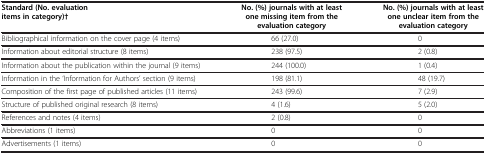
| Standard (No. evaluation items in category)† | No. (%) journals with at least one missing item from the evaluation category | No. (%) journals with at least one unclear item from the evaluation category |
 | --- | --- | --- |
 | Bibliographical information on the cover page (4 items) | 66 (27.0) | 0 |
 | Information about editorial structure (8 items) | 238 (97.5) | 2 (0.8) |
 | Information about the publication within the journal (9 items) | 244 (100.0) | 1 (0.4) |
 | Information in the ‘Information for Authors’ section (9 items) | 198 (81.1) | 48 (19.7) |
 | Composition of the first page of published articles (11 items) | 243 (99.6) | 7 (2.9) |
 | Structure of published original research (8 items) | 4 (1.6) | 5 (2.0) |
 | References and notes (4 items) | 2 (0.8) | 0 |
 | Abbreviations (1 items) | 0 | 0 |
 | Advertisements (1 items) | 0 | 0 |